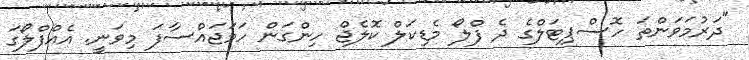
"ދަރުމަވަންތަ ހޮސްޕިޓަލްގެ ދެ ފްލޯ މެޑިކަލް ކޮލެޖް ހިންގަން ހަމަޖައްސާފަ މިވަނީ. އެއްފްލޯގަ